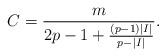
LaTeX: \begin{align*}C = \frac{m}{2p-1+ \frac{(p-1)|I|}{p- |I|}}.\end{align*}